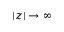
| z | \to \infty